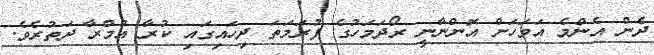
ދެން އެންމެ އަވަހަށް އޮންނާނީ ރޯދަމަހުގެ ފުރަމަތަ ދިހައިގައި ކުރާ އުމްރާ ދަތުރެވެ.